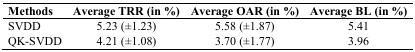
<table><thead><tr><td><b>Methods</b></td><td><b>Average TRR (in %)</b></td><td><b>Average OAR (in %)</b></td><td><b>Average BL (in %)</b></td></tr></thead><tbody><tr><td>SVDD</td><td>5.23 (±1.23)</td><td>5.58 (±1.87)</td><td>5.41</td></tr><tr><td>QK-SVDD</td><td>4.21 (±1.08)</td><td>3.70 (±1.77)</td><td>3.96</td></tr></tbody></table>